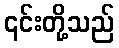
၎င်းတို့သည်